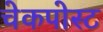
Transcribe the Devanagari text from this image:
चेकपोस्‍ट